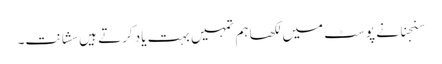
سنجنا نے پوسٹ میں لکھا ہم تمہیں بہت یاد کرتے ہیں سشانت۔